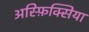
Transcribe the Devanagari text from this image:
अस्फ़िक्सिया